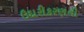
ઉદારીકરણની